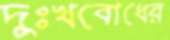
দুঃখবোধের